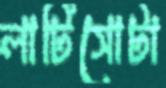
লাটিসোটা